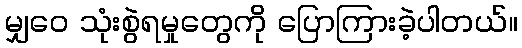
မျှဝေ သုံးစွဲရမှုတွေကို ပြောကြားခဲ့ပါတယ်။